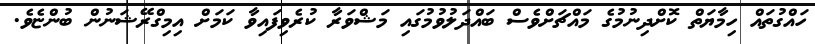
ހައްގުތައް ހިމާޔަތް ކޮށްދިނުމުގެ މައްޗަށްވެސް ބައްދަލުވުމުގައި މަޝްވަރާ ކުރެވިފައިވާ ކަމަށް އިމިގްރޭޝަނުން ބުންޏެވެ.